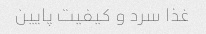
غذا سرد و کیفیت پایین